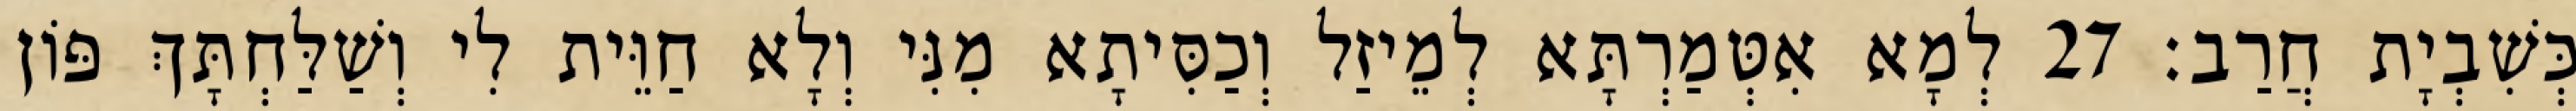
כְּשִׁבְיָת חֲרַב׃ 27 לְמָא אִטְּמַרְתָּא לְמֵיזַל וְכַסִּיתָא מִנִּי וְלָא חַוֵּית לִי וְשַׁלַּחְתָּךְ פּוֹן